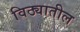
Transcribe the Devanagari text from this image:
विठ्यातील